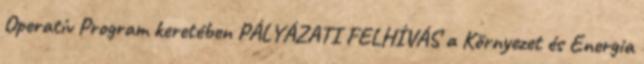
Operatív Program keretében PÁLYÁZATI FELHÍVÁS a Környezet és Energia